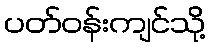
ပတ်ဝန်းကျင်သို့